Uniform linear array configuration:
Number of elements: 32
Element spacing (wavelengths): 1
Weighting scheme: hamming
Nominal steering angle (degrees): -15
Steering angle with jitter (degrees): -13.295
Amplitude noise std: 0.05
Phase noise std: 0.05

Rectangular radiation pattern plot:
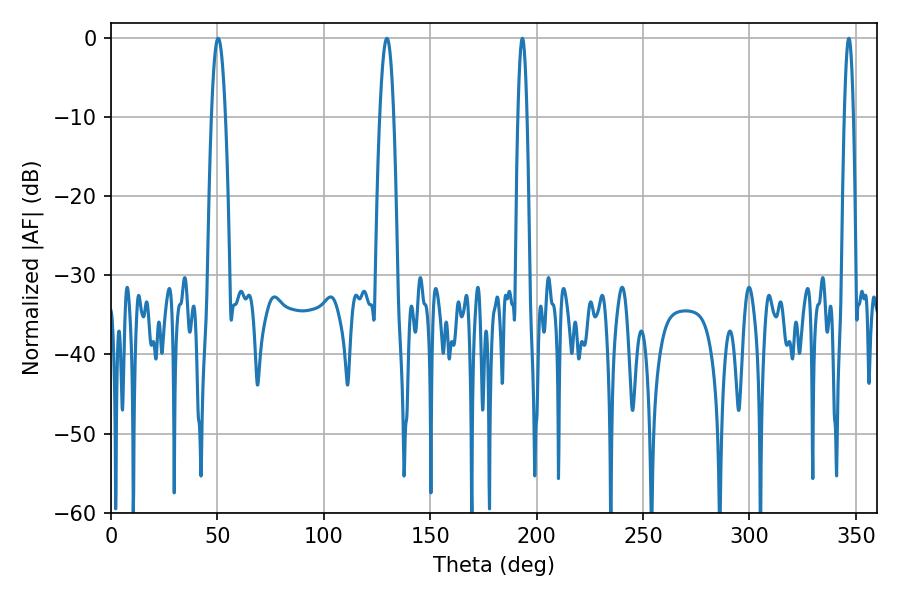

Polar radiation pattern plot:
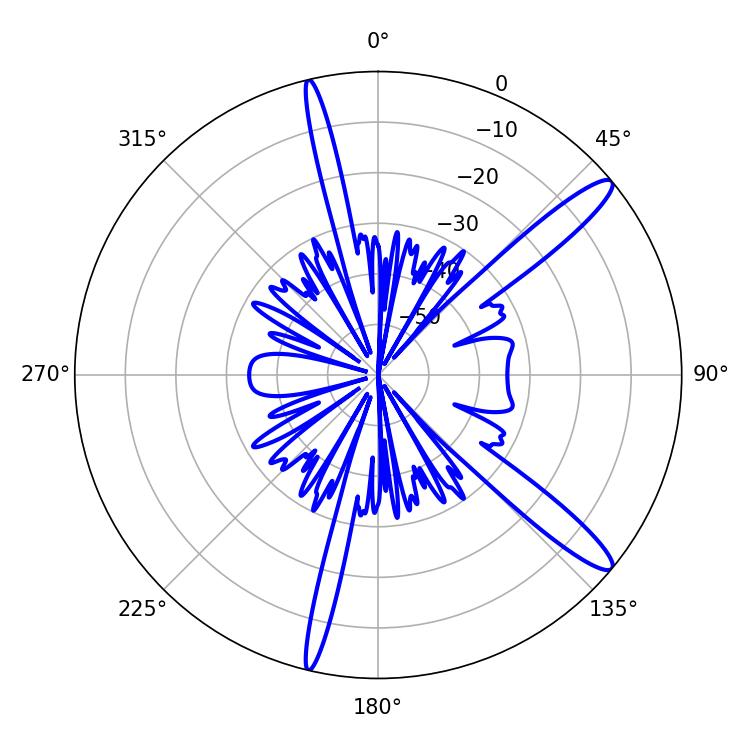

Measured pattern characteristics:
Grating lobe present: TRUE
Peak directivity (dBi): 13.698
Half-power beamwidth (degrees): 2.16
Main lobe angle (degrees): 193.32